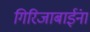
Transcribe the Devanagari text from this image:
गिरिजाबाईंना